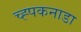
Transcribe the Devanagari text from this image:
च्ह्पकनाडा